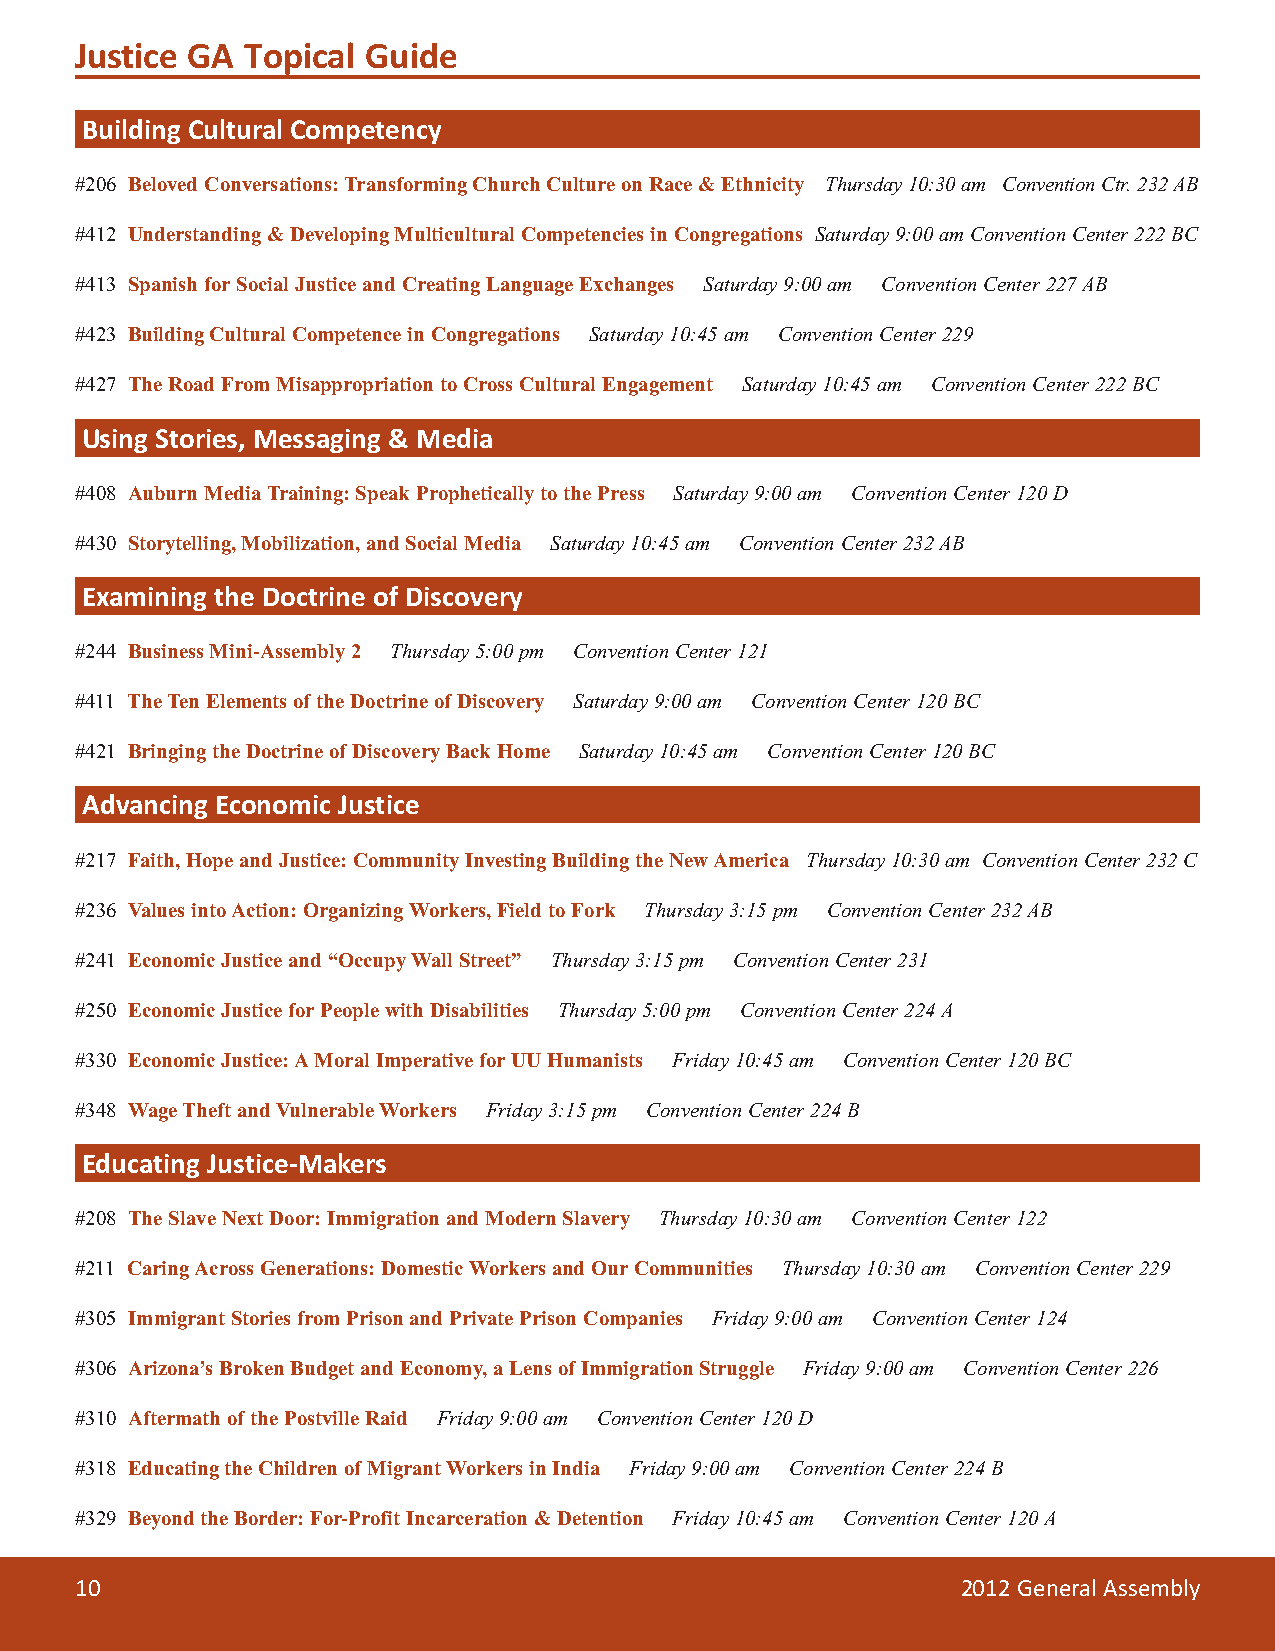
Justice GA Topical Guide
 Building Cultural Competency
 #206 Beloved Conversations: Transforming Church Culture on Race & Ethnicity Thursday10:30am Convention Ctr. 232 AB
 #412 Understanding & Developing Multicultural Competencies in Congregations Saturday9:00amConvention Center222 BC
 #413 Spanish for Social Justice and Creating Language Exchanges Saturday9:00am Convention Center227 AB
 #423 Building Cultural Competence in Congregations Saturday10:45am Convention Center229
 #427 The Road From Misappropriation to Cross Cultural Engagement Saturday10:45am Convention Center222 BC
 Using Stories, Messaging & Media
 #408 Auburn Media Training: Speak Prophetically to the Press Saturday9:00am Convention Center120 D
 #430 Storytelling, Mobilization, and Social Media Saturday10:45am Convention Center232 AB
 Examining the Doctrine of Discovery
 #244 Business Mini-Assembly 2 Thursday5:00pm Convention Center121
 #411 The Ten Elements of the Doctrine of Discovery Saturday9:00am Convention Center120 BC
 #421 Bringing the Doctrine of Discovery Back Home Saturday10:45am Convention Center120 BC
 Advancing Economic Justice
 #217 Faith, Hope and Justice: Community Investing Building the New America Thursday10:30am Convention Center232 C
 #236 Values into Action: Organizing Workers, Field to Fork Thursday3:15pm Convention Center232 AB
 #241 Economic Justice and “Occupy Wall Street” Thursday3:15pm Convention Center231
 #250 Economic Justice for People with Disabilities Thursday5:00pm Convention Center224 A
 #330 Economic Justice: A Moral Imperative for UU Humanists Friday10:45am Convention Center120 BC
 #348 Wage Theft and Vulnerable Workers Friday3:15pm Convention Center224 B
 Educating Justice-Makers
 #208 The Slave Next Door: Immigration and Modern Slavery Thursday10:30am Convention Center122
 #211 Caring Across Generations: Domestic Workers and Our Communities Thursday10:30am Convention Center229
 #305 Immigrant Stories from Prison and Private Prison Companies Friday9:00am Convention Center124
 #306 Arizona’s Broken Budget and Economy, a Lens of Immigration Struggle Friday9:00am Convention Center226
 #310 Aftermath of the Postville Raid Friday9:00am Convention Center120 D
 #318 Educating the Children of Migrant Workers in India Friday9:00am Convention Center224 B
 #329 Beyond the Border: For-Profit Incarceration & Detention Friday10:45am Convention Center120 A
 10                                                         2012 General Assembly